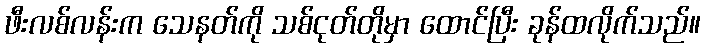
ဖီးလစ်လန်းက သေနတ်ကို သစ်ငုတ်တိုမှာ ထောင်ပြီး ခုန်ထလိုက်သည်။